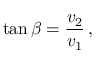
\tan \beta = { \frac { v _ { 2 } } { v _ { 1 } } } \, ,